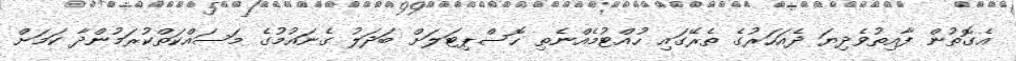
އެގޮތުން ފާއިތުވެދިޔަ ދެއަހަރުގެ ތެރޭގައި ހުއްޓުމެއްނެތި ހޮސްޕިޓަލަށް ބަދަލު ގެނައުމުގެ މަސައްކަތްކުރަމުންދާ ކަމަށް